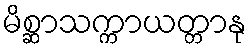
မိစ္ဆာသက္ကာယတ္တာနု